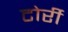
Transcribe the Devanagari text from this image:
टोर्री